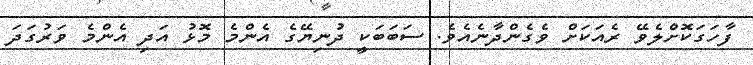
ފާހަގަކޮށްލެވޭ ރެއަކަށް ވެގެންދާނެއެވެ. ސަބަބަކީ ދުނިޔޭގެ އެންމެ މޮޅު އަދި އެންމެ ވަރުގަދަ